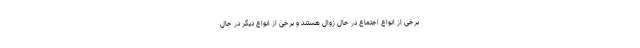
برخی از انواعِ اجتماع در حال زوال هستند و برخی از انواع دیگر در حال